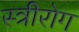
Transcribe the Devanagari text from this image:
स्‍त्रीरोग